Children and Young Persons (Scotland) Act, 1932. Employment of children, 1932
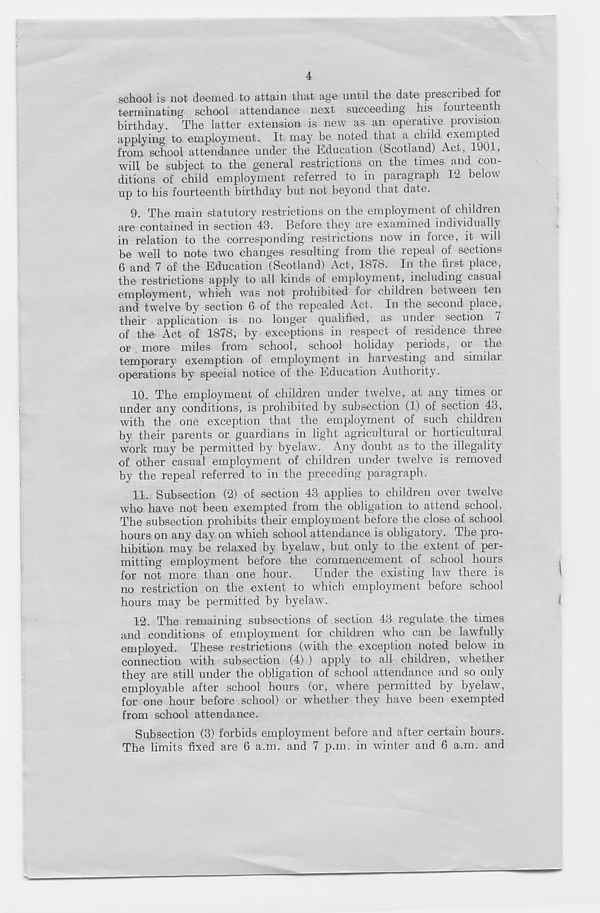
4
school is not deemed to attain that age until the date prescribed for
terminating school attendance next succeeding his fourteenth
birthday. The latter extension is new as an operative provision
applying to employment. It may be noted that a child exempted
from school attendance under the Education (Scotland) Act, 1901,
will be subject to the general restrictions on the times and con-
ditions of child employment referred to in paragraph 12 below
up to his fourteenth birthday but not beyond that date.
9. The main statutory restrictions on the employment of children
are contained in section 43. Before they are examined individually
in relation to the corresponding restrictions now in force, it will
be well to note two changes resulting from the repeal of sections
6 and 7 of the Education (Scotland) Act, 1878. In the first place,
the restrictions apply to all kinds of employment, including casual
employment, which was not prohibited for children between ten
and twelve by section 6 of the repealed Act. In the second place,
their application is no longer qualified, as under section 7
of the Act of 1878, by exceptions in respect of residence three
or more miles from school, school holiday periods, or the
temporary exemption of employment in harvesting and similai
operations by special notice of the Education Authority.
10. The employment of children under twelve, at any times or
under any conditions, is prohibited by subsection (1) of section 43,
with the one exception that the employment of such children
by their parents or guardians in light agricultural or horticultural
work may be permitted by byelaw. Any doubt as to the illegality
of other casual employment of children under twelve is removed
by the repeal referred to in the preceding paragraph.
11. Subsection (2) of section 43 applies to children over twelve
who have not been exempted from the obligation to attend school.
The subsection prohibits their employment before the close of school
hours on any day on which school attendance is obligatory. The pro-
hibition may be relaxed by byelaw, but only to the extent of per-
mitting employment before the commencement of school hours
for not more than one hour.
Under the existing law there is
no restriction on the extent to which employment before school
hours may be permitted by byelaw.
12. The remaining subsections of section 43 regulate the times
and conditions of employment for children who can be lawfully
employed. These restrictions (with the exception noted below in
connection with subsection (4) ) apply to all children, whether
they are still under the obligation of school attendance and so only
employable after school hours (or, where permitted by byelaw',
for one hour before school) or whether they have been exempted
from school attendance.
Subsection (3) forbids employment before and after certain hours.
The limits fixed are 6 a.m. and 7 p.m. in winter and 6 a.m. and